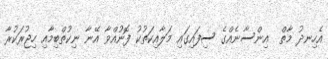
އެހިނދު މާތް  އިންސާނެއްގެ ސިފައިގައި މަލާއިކަތުކު ފޮނުއްވާ އޭނާ ނިކުތްބިމާއި ހިޖުރަކުރާ